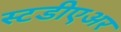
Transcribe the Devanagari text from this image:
स्टडीएअर